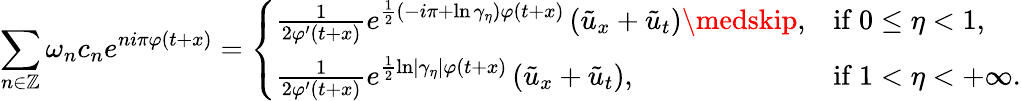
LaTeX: \sum_{n\in\mathbb{Z}}\omega_{n}c_{n}e^{ni\pi\varphi(t+x)}=\left\{ \begin{array}{ll}{\frac{1}{2\varphi^{\prime}(t+x)}\displaystyle e^{\frac{1}{2}\left(-i\pi+\ln\gamma_{\eta}\right)\varphi(t+x)}\left(\tilde{u}_{x}+\tilde{u}_{t}\right)\medskip,}&{\mathrm{if~}0\leq\eta<1,}\\ {\frac{1}{2\varphi^{\prime}(t+x)}\displaystyle e^{\frac{1}{2}\ln\left\vert\gamma_{\eta}\right\vert\varphi(t+x)}\left(\tilde{u}_{x}+\tilde{u}_{t}\right),}&{\mathrm{if~}1<\eta<+\infty.}\end{array}\right.